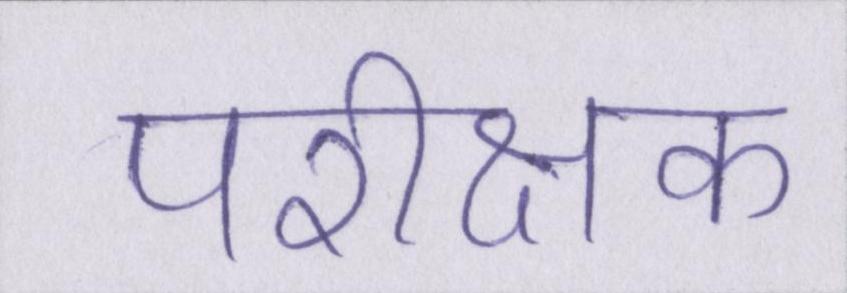
परीक्षक